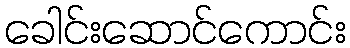
ခေါင်းဆောင်ကောင်း